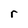
Character: r